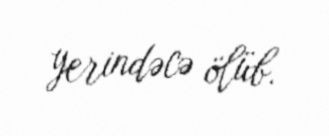
yerindəcə ölüb.